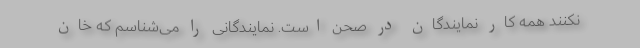
نکنند همه کار نمایندگان در صحن است. نمایندگانی را می‌شناسم که خان